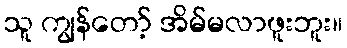
သူ ကျွန်တော့် အိမ်မလာဖူးဘူး။